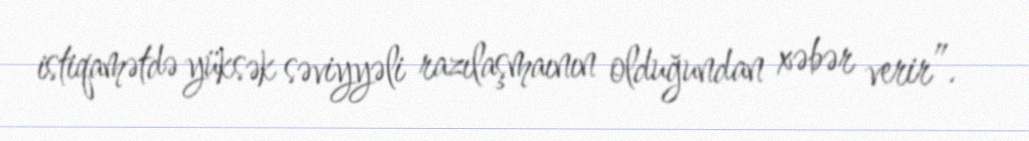
istiqamətdə yüksək səviyyəli razılaşmaının olduğundan xəbər verir”.